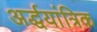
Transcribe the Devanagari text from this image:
अर्द्धयांत्रिक